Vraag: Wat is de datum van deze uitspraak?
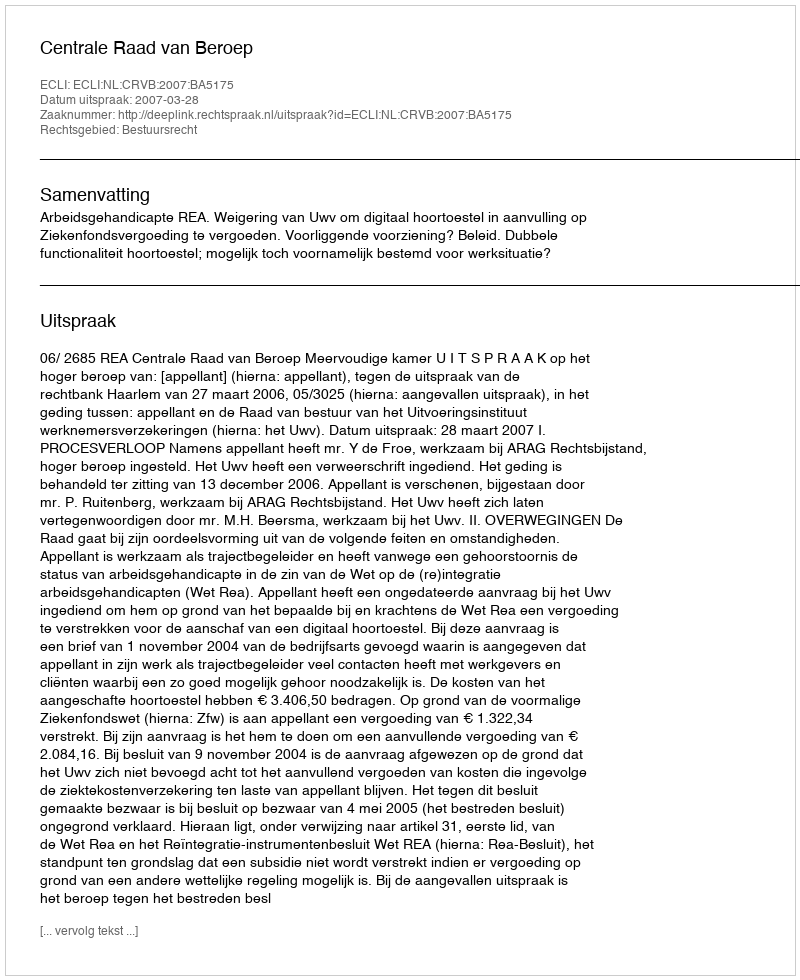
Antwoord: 2007-03-28